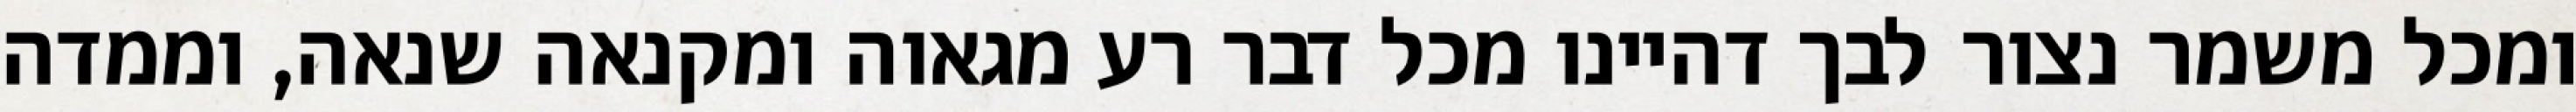
ומכל משמר נצור לבך דהיינו מכל דבר רע מגאוה ומקנאה שנאה, וממדה